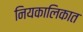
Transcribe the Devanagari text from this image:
नियकालिकात